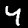
Label: 4